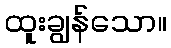
ထူးချွန်သော။